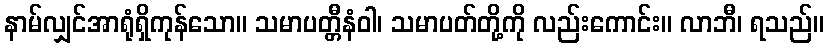
နာမ်လျှင်အာရုံရှိကုန်သော။ သမာပတ္တီနံဝါ၊ သမာပတ်တို့ကို လည်းကောင်း။ လာဘီ၊ ရသည်။